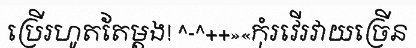
ប្រើរហូតតែម្តង! ^-^++»«កុំរវើរវាយច្រើន